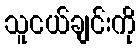
သူငယ်ချင်းကို